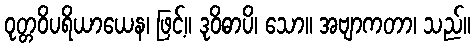
ဝုတ္တဝိပရိယာယေန၊ ဖြင့်။ ဒုဝိဓာပိ၊ သော။ အဗျာကတာ၊ သည်။